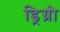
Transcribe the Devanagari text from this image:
ड्रिग्री